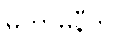
မဟာမုနီတိ